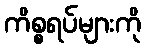
ကိစ္စရပ်များကို